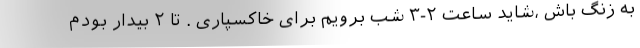
به زنگ باش ،شاید ساعت ۲-۳ شب برویم برای خاکسپاری . تا ۲ بیدار بودم